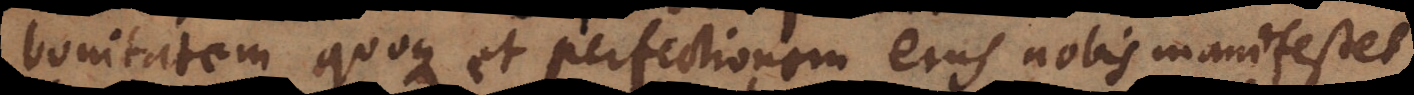
bonitatem quoque et perfectionem ejus nobis manifestet,